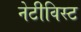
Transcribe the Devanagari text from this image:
नेटीविस्ट